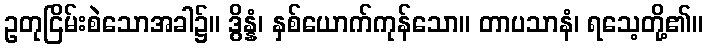
ဥတုငြိမ်းစဲသောအခါ၌။ ဒွိန္နံ၊ နှစ်ယောက်ကုန်သော။ တာပသာနံ၊ ရသေ့တို့၏။